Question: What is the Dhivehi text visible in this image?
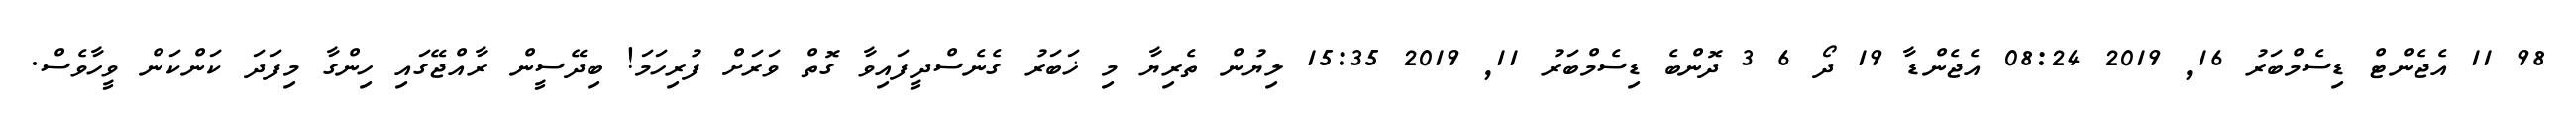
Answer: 98 11 އެޖެންޓް ޑިސެމްބަރު 16, 2019 08:24 އެޖެންޑާ 19 ދޯ 6 3 ދޮންބެ ޑިސެމްބަރު 11, 2019 15:35 ލިޔުން ތެރިޔާ މި ޚަބަރު ގެނެސްދީފައިވާ ގޮތް ވަރަށް ފުރިހަމަ! ބިދޭސީން ރާއްޖޭގައި ހިންގާ މިފަދަ ކަންކަން ވީހާވެސް.